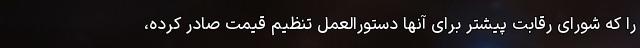
را که شورای رقابت پیشتر برای آنها دستورالعمل تنظیم قیمت صادر کرده،